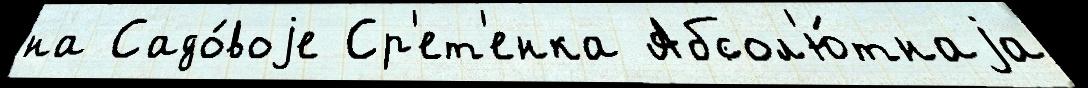
на Садо́воjе Ср'ет'енка Абсол'ю́тнаjа